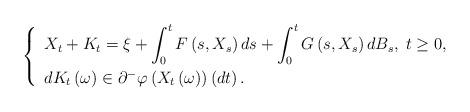
LaTeX: \begin{align*}\left\{\begin{array}{l}X_{t}+K_{t}=\xi +\displaystyle\int_{0}^{t}F\left( s,X_{s}\right)ds+\int_{0}^{t}G\left( s,X_{s}\right) dB_{s},\;t\geq 0,\smallskip \\dK_{t}\left( \omega \right) \in \partial ^{-}\varphi \left( X_{t}\left(\omega \right) \right) \left( dt\right) .\end{array}\right. \end{align*}